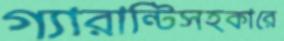
গ্যারান্টিসহকারে